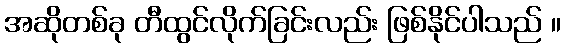
အဆိုတစ်ခု တီထွင်လိုက်ခြင်းလည်း ဖြစ်နိုင်ပါသည် ။